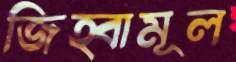
জিহ্বামূল